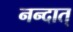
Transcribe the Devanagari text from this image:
नन्दात्